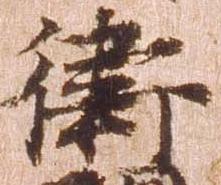
衛